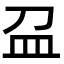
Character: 𥁀